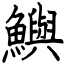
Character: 鱮